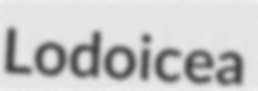
Lodoicea